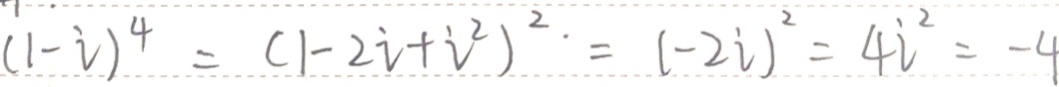
( 1 - i ) ^ { 4 } = ( 1 - 2 i + i ^ { 2 } ) ^ { 2 } = ( - 2 i ) ^ { 2 } = 4 i ^ { 2 } = - 4